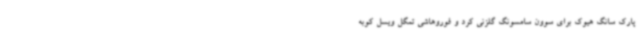
پارک سانگ هیوک برای سوون سامسونگ گلزنی کرد و فوروهاشی تمگل ویسل کوبه